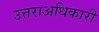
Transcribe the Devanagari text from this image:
उत्तराअधिकारी